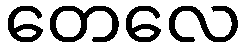
တေလေ